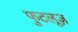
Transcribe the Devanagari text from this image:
फुटलूज़